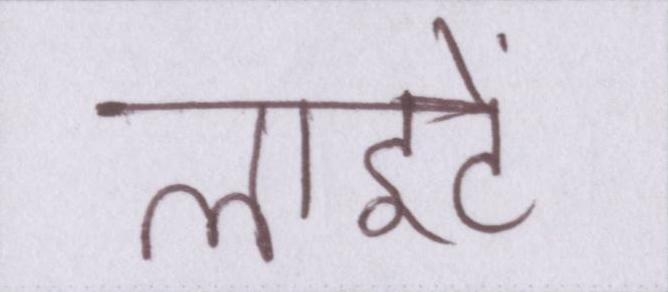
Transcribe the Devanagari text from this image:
लाइटें